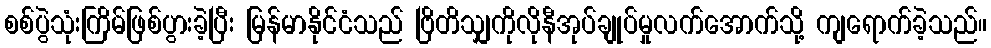
စစ်ပွဲသုံးကြိမ်ဖြစ်ပွားခဲ့ပြီး မြန်မာနိုင်ငံသည် ဗြိတိသျှကိုလိုနီအုပ်ချုပ်မှုလက်အောက်သို့ ကျရောက်ခဲ့သည်။